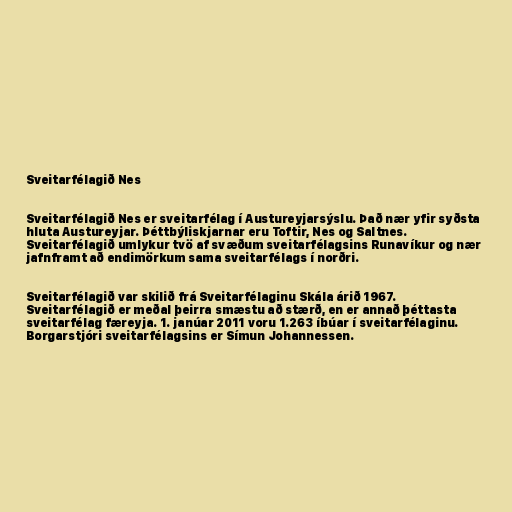
Sveitarfélagið Nes

Sveitarfélagið Nes er sveitarfélag í Austureyjarsýslu. Það nær yfir syðsta
hluta Austureyjar. Þéttbýliskjarnar eru Toftir, Nes og Saltnes.
Sveitarfélagið umlykur tvö af svæðum sveitarfélagsins Runavíkur og nær
jafnframt að endimörkum sama sveitarfélags í norðri.

Sveitarfélagið var skilið frá Sveitarfélaginu Skála árið 1967.
Sveitarfélagið er meðal þeirra smæstu að stærð, en er annað þéttasta
sveitarfélag færeyja. 1. janúar 2011 voru 1.263 íbúar í sveitarfélaginu.
Borgarstjóri sveitarfélagsins er Símun Johannessen.